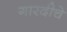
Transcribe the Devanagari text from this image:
गारदीचे